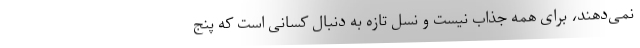
نمی‌دهند، برای همه جذاب نیست و نسل تازه به دنبال کسانی است که پنج